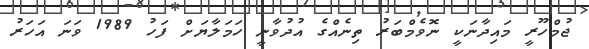
ޖުމްހޫރީ މައިދާނަކީ ނޮވެމްބަރު ތިނެއްގެ އުދުވާނީ ހަމަލާޔަށް ފަހު 1989 ވަނަ އަހަރު